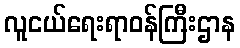
လူငယ်ရေးရာဝန်ကြီးဌာန